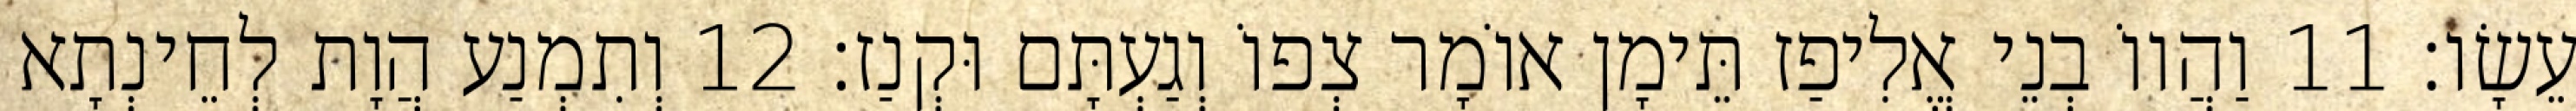
עֵשָׂו׃ 11 וַהֲווֹ בְנֵי אֱלִיפַז תֵּימָן אוֹמָר צְפוֹ וְגַעְתָּם וּקְנַז׃ 12 וְתִמְנַע הֲוָת לְחֵינְתָא